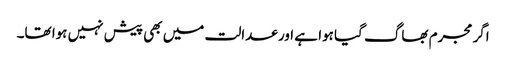
اگر مجرم بھاگ گیا ہوا ہے اور عدالت میں بھی پیش نہیں ہوا تھا۔